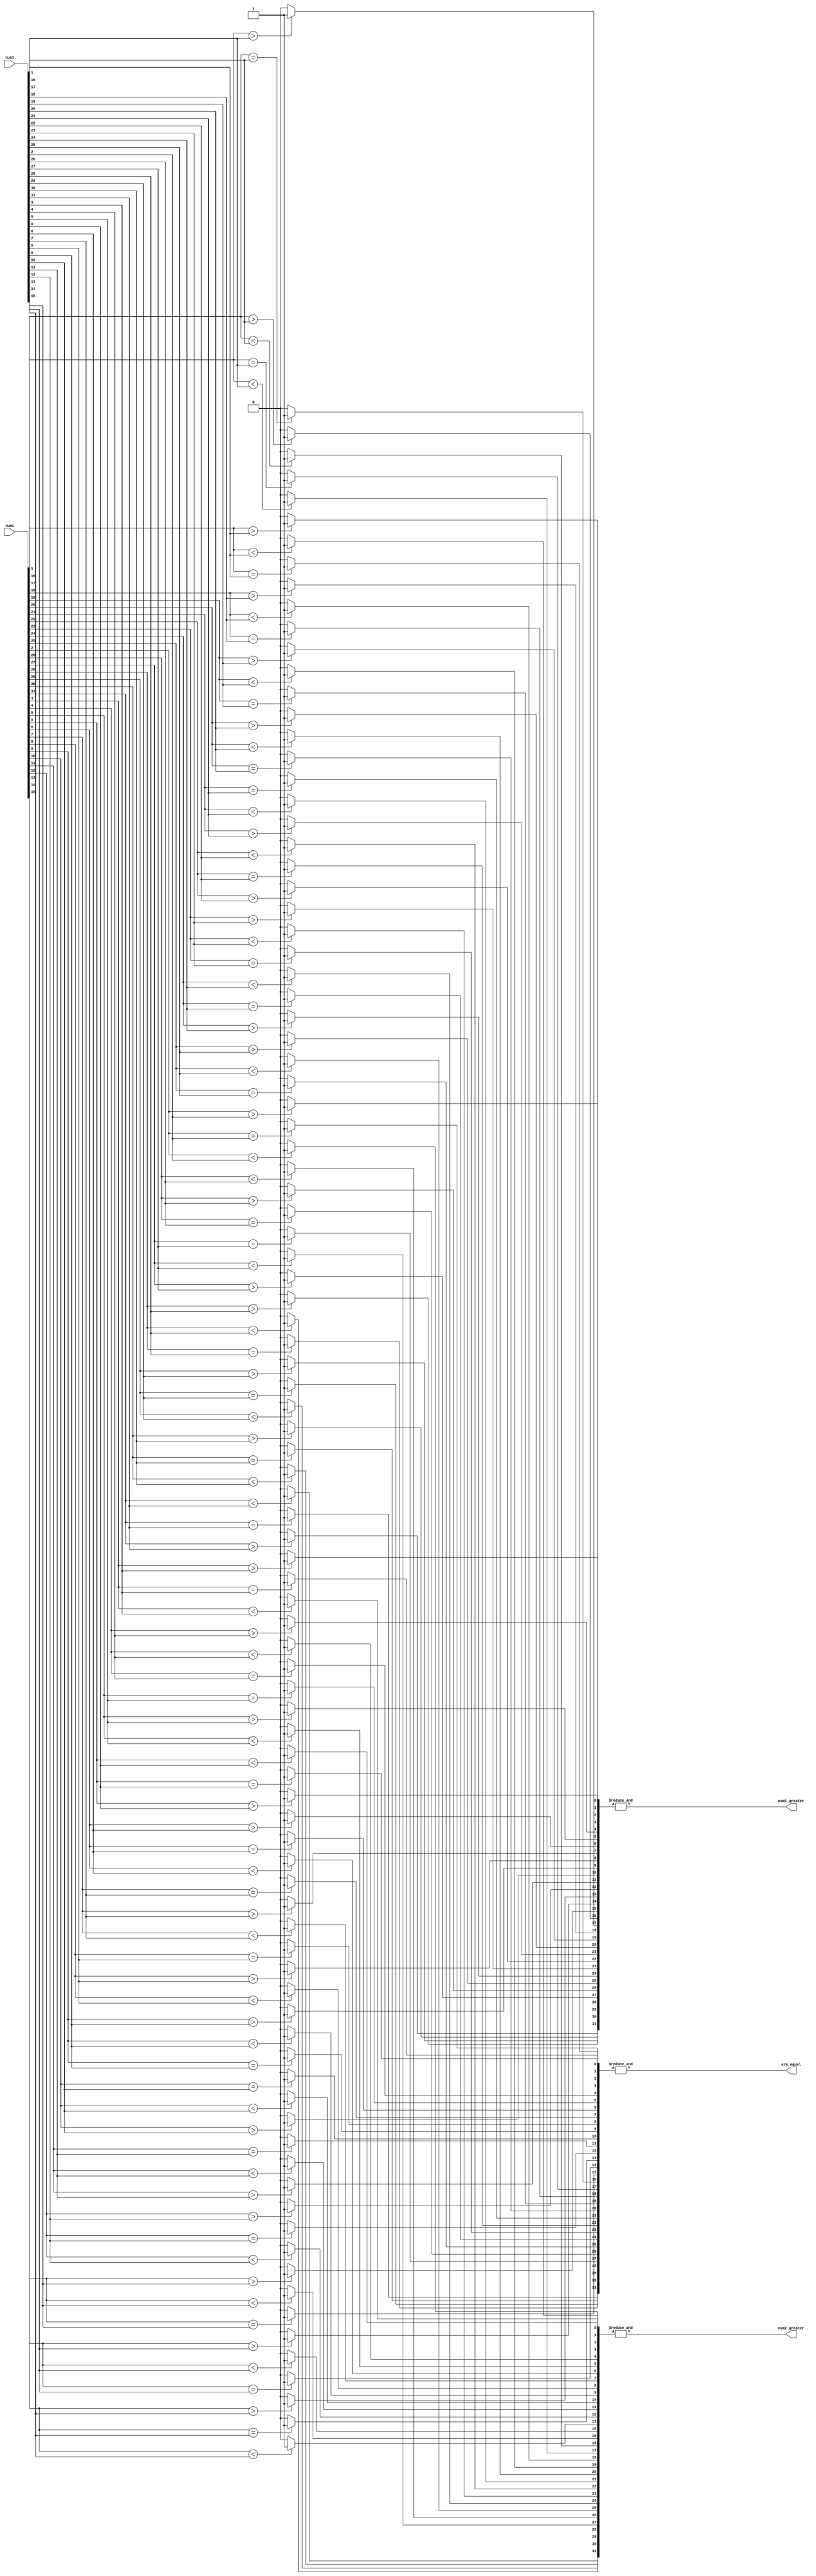
module comparator(
    input [31:0] num1,
    input [31:0] num2,
    output wire are_equal,
    output wire num1_greater,
    output wire num2_greater
);
  
  wire [31:0] eq_out, gt_out, lt_out;
  
  assign are_equal = &eq_out;
  assign num1_greater = &gt_out;
  assign num2_greater = &lt_out;
  
  generate
    genvar i;
    for(i = 0; i < 32; i = i + 1) begin
      assign eq_out[i] = (num1[i] == num2[i]) ? 1'b1:1'b0;
      assign gt_out[i] = (num1[i] > num2[i]) ? 1'b1:1'b0;
      assign lt_out[i] = (num1[i] < num2[i]) ? 1'b1:1'b0;
    end
  endgenerate
  
endmodule